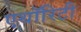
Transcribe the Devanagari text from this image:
एथॉरिटी